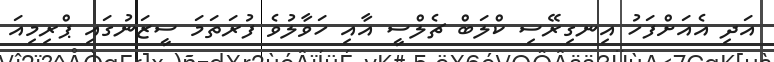
އަދި އެއަށްފަހު އިނގިރޭސި ކްލަބް ޗެލްސީ އާއި ހަވާލުވެ ފުރަތަމަ ސީޒަނުގައި ޕްރިމިއަ